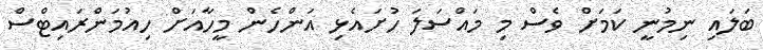
ބަލައި ނިމުނީ ކަމަށް ވެސް މި މައްސަލަ ހުށައެޅި އަންހެން މީހާއަށް ހިއުމަންރައިޓްސް